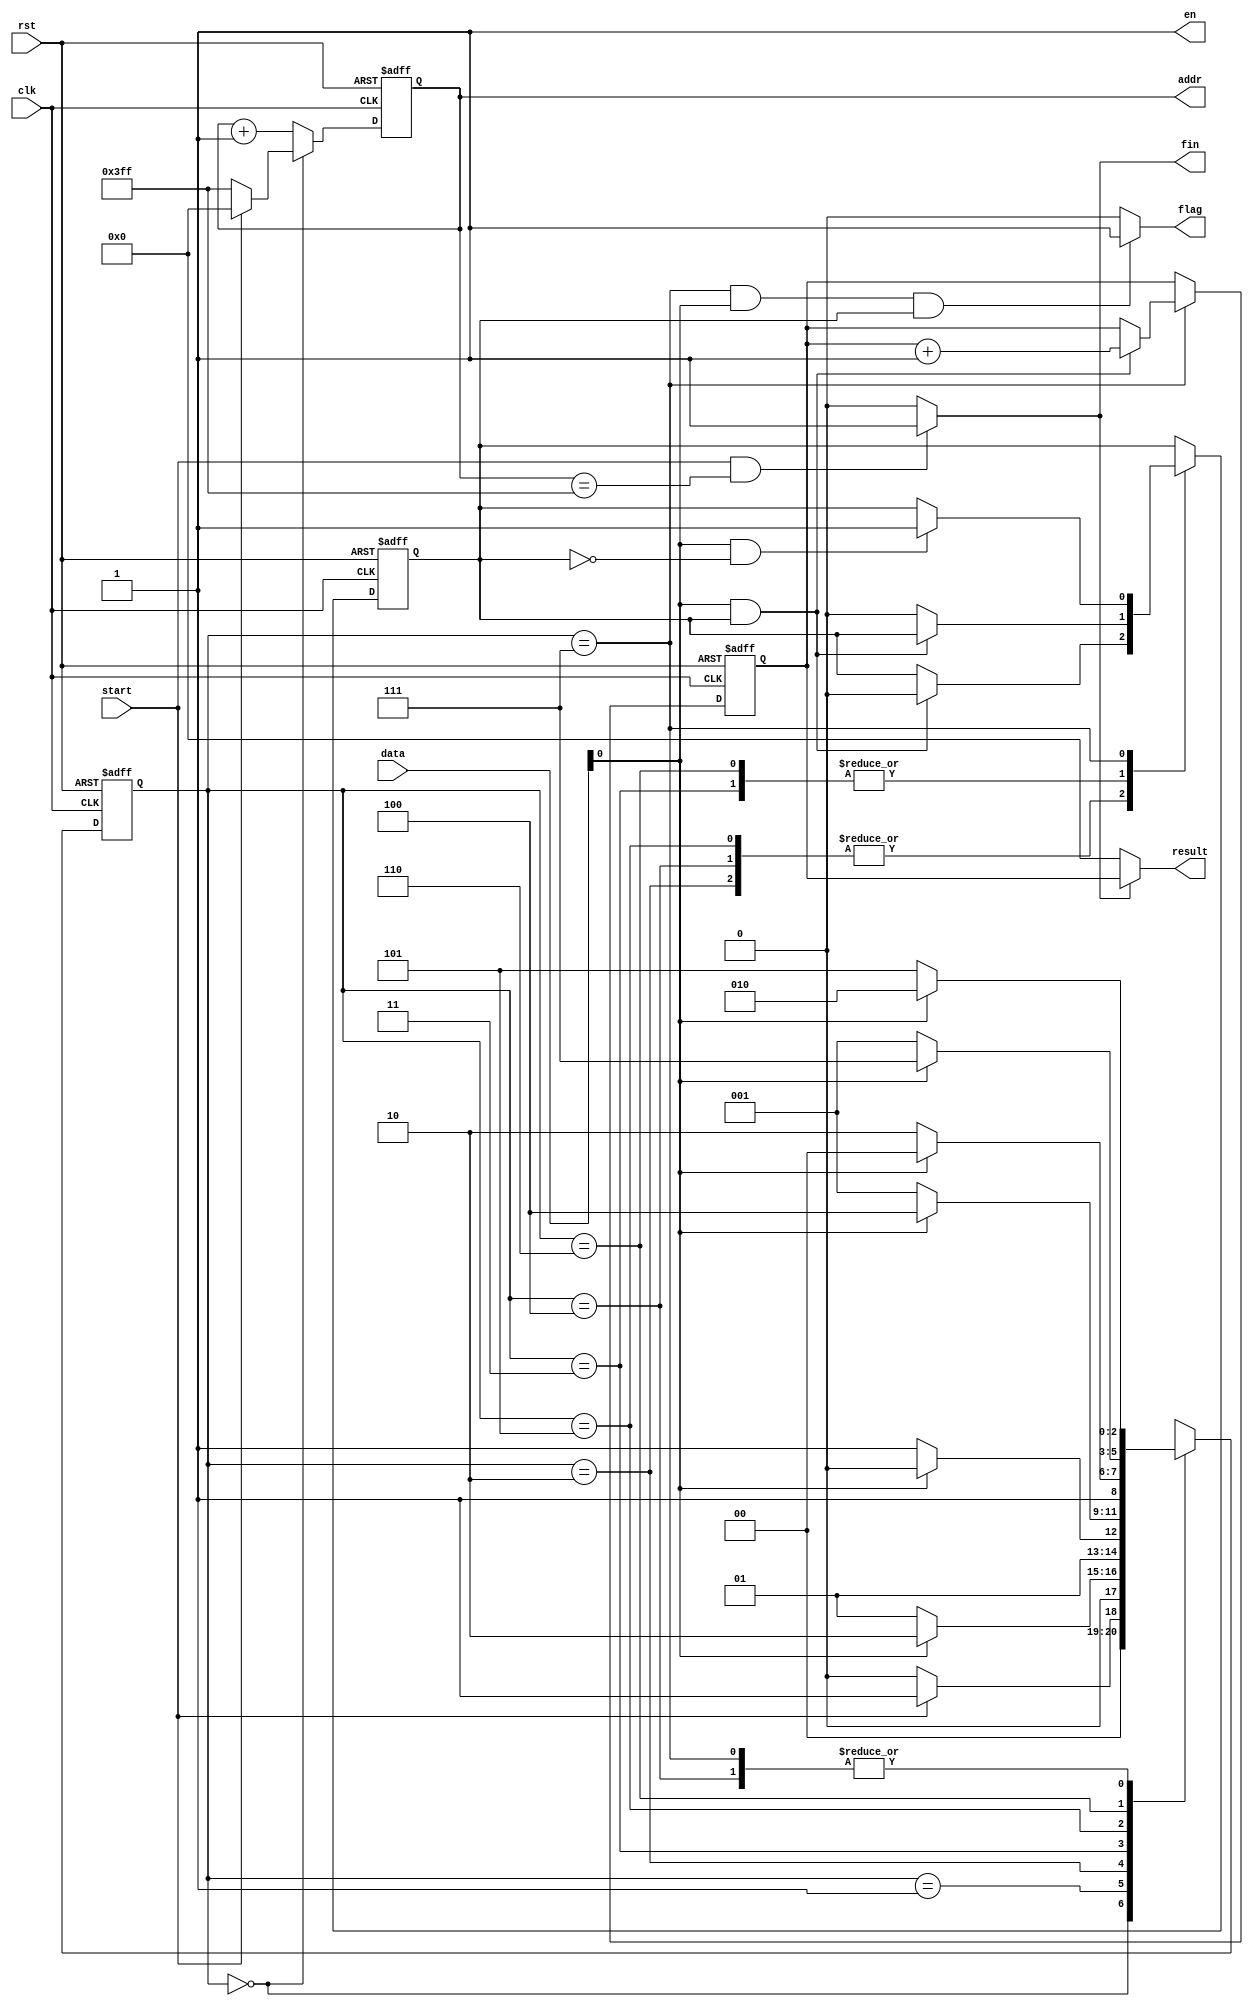
`define IDLE 3'd0
`define S0   3'd1
`define S1   3'd2
`define S2   3'd3
`define S3   3'd4
`define S4   3'd5
`define S5   3'd6
`define S6   3'd7

module BON(clk , rst , start , data , en , addr , flag , fin , result);
    input clk , rst , start;
    input [9 : 0] data;
    output en , flag , fin;
    output [9 : 0] addr , result;

    reg [2:0] state , next_state; 
    reg [9:0] num, next_num;
    reg [9:0] ans, next_ans;
    reg flag;
    reg again, next_again;

    assign en     = 1'b1;
    assign addr   = num;
    assign fin    = (start == 1'b1 && num == 10'd1023)? 1'b1 : 1'b0;
    assign result = (fin == 1'b1)? ans : 10'd0;

// state reg
    always@(posedge rst or posedge clk)begin
        if(rst == 1'b1)begin
            state <= `IDLE;
            ans   <= 10'd0;
            num   <= 10'd1023;
            again <= 1'b0;
        end
        else begin
            state  <= next_state;
            num    <= next_num;
            ans    <= next_ans;
            again  <= next_again;
        end
    end

// next state logic    
    always@(*)begin
        next_state = state;

        case(state)
            `IDLE:begin
                next_state = (start == 1'b1)? `S0 : `IDLE;
             end

            `S0:begin
            	next_state = (data[0] == 1'b1)? `S1 : `S0;
             end  

            `S1:begin
            	next_state = (data[0] == 1'b1)? `S1 : `S2;
             end
                                                                                     
            `S2:begin
            	next_state = (data[0] == 1'b1)? `S3 : `S0;
             end

            `S3:begin
            	next_state = (data[0] == 1'b1)? `S1 : `S4;
             end

            `S4:begin
            	next_state = (data[0] == 1'b1)? `S3 : `S5;
             end

            `S5:begin
                next_state = (data[0] == 1'b1)? `S6 : `S0;
             end

            `S6:begin
                next_state = (data[0] == 1'b1)? `S1 : `S4;
             end

        endcase
    end

// output logic
    always@(*)begin
        next_num   = num + 10'd1;
        next_ans   = ans;
        next_again = again;

        case(state)
            `IDLE:begin
                next_num   = (start == 1'b1)? 10'd0 : 10'd1023;
             end

            `S1:begin
                next_again = ((data[0] == 1'b1)&&(again == 1'b1)) ? 1'b0 : again;
             end
                                                                                     
            `S2:begin
                next_again = ((data[0] == 1'b1)&&(again == 1'b1))? again : 1'b0;
             end

            `S3:begin
                next_again = ((data[0] == 1'b1)&&(again == 1'b1)) ? 1'b0 : again;
             end

            `S4:begin
                next_again = ((data[0] == 1'b1)&&(again == 1'b1)) ? 1'b0 : again;
             end

            `S5:begin
                next_again = ((data[0] == 1'b1)&&(again == 1'b1))? again : 1'b0;
             end
            `S6:begin
                next_ans   = ((data[0] == 1'b1)&&(again == 1'b1))? ans+1 : ans;
                next_again = ((data[0] == 1'b1)&&(again == 1'b0))? 1'b1 : again;
             end
        endcase
    end

    always @(*) begin
        if ((state == `S6)&&(data[0] == 1'b1)&&(again == 1'b1)) begin
            flag = 1'b1;
        end

        else begin
            flag = 1'b0;                
        end
    end


    

endmodule